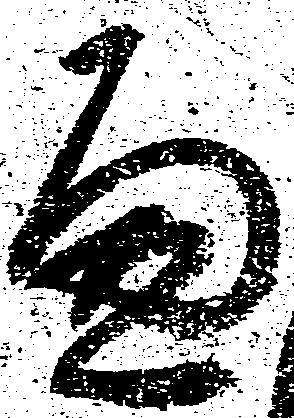
へ